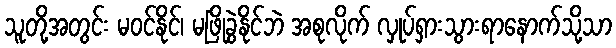
သူတို့အတွင်း မဝင်နိုင်၊ မဖြိုခွဲနိုင်ဘဲ အစုလိုက် လှုပ်ရှားသွားရာနောက်သို့သာ